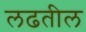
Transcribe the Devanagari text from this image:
लढतील